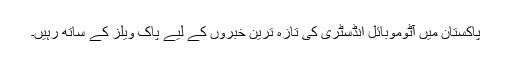
پاکستان میں آٹوموبائل انڈسٹری کی تازہ ترین خبروں کے لیے پاک ویلز کے ساتھ رہیں۔